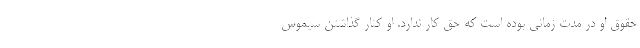
حقوق او در مدت زمانی بوده است که حق کار ندارد. او کنار گذاشتن سیموس